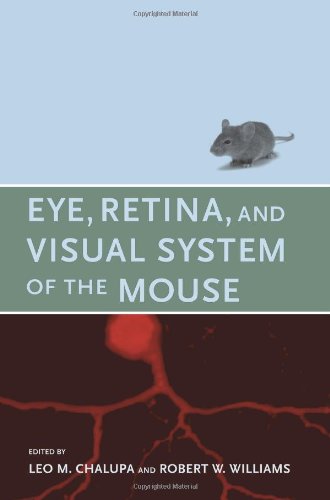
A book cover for Eye, Retina, and Visual System of the Mouse; Health, Fitness & Dieting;